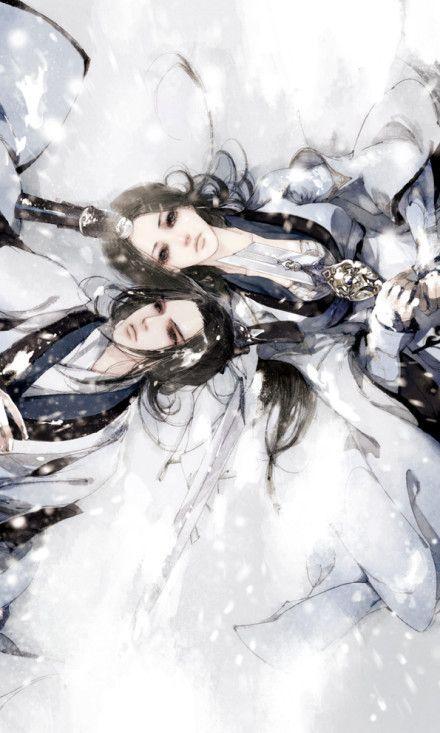
相思难表，梦魂无据，惟有归来是。